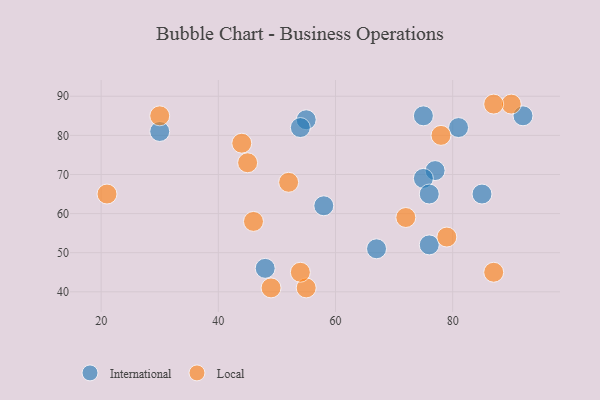
{"axis": {"x": "GDP", "y": "Life Expectancy"}, "legend": ["International", "Local"], "data": [{"x": "77", "y": 71, "type": "International"}, {"x": "76", "y": 52, "type": "International"}, {"x": "75", "y": 85, "type": "International"}, {"x": "75", "y": 69, "type": "International"}, {"x": "48", "y": 46, "type": "International"}, {"x": "81", "y": 82, "type": "International"}, {"x": "76", "y": 65, "type": "International"}, {"x": "55", "y": 84, "type": "International"}, {"x": "85", "y": 65, "type": "International"}, {"x": "30", "y": 81, "type": "International"}, {"x": "92", "y": 85, "type": "International"}, {"x": "54", "y": 82, "type": "International"}, {"x": "67", "y": 51, "type": "International"}, {"x": "58", "y": 62, "type": "International"}, {"x": "46", "y": 58, "type": "Local"}, {"x": "79", "y": 54, "type": "Local"}, {"x": "44", "y": 78, "type": "Local"}, {"x": "21", "y": 65, "type": "Local"}, {"x": "55", "y": 41, "type": "Local"}, {"x": "49", "y": 41, "type": "Local"}, {"x": "90", "y": 88, "type": "Local"}, {"x": "30", "y": 85, "type": "Local"}, {"x": "45", "y": 73, "type": "Local"}, {"x": "52", "y": 68, "type": "Local"}, {"x": "54", "y": 45, "type": "Local"}, {"x": "78", "y": 80, "type": "Local"}, {"x": "72", "y": 59, "type": "Local"}, {"x": "87", "y": 88, "type": "Local"}, {"x": "87", "y": 45, "type": "Local"}]}